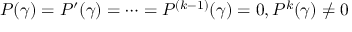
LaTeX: P ( \gamma ) = P ^ { \prime } ( \gamma ) = \cdots = P ^ { ( k - 1 ) } ( \gamma ) = 0 , P ^ { k } ( \gamma ) \neq 0